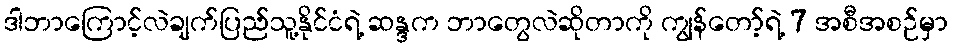
ဒါဘာကြောင့်လဲချက်ပြည်သူ့နိုင်ငံရဲ့ ဆန္ဒက ဘာတွေလဲဆိုတာကို ကျွန်တော့်ရဲ့ 7 အစီအစဉ်မှာ